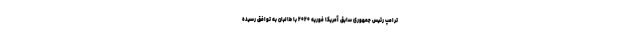
ترامپ رئیس جمهوری سابق آمریکا فوریه ۲۰۲۰ با طالبان به توافق رسیده